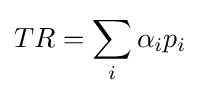
TR=\sum _{i}\alpha _{i}p_{i}